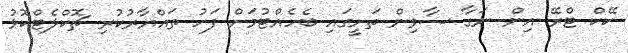
ކޭކް ޓްރޭ އިން ނަގާ ސާވިން ތަށީގައި ބެހެއްޓުމަށް ފަހު ތައްޔާރުކުރި ޗޮކްލެޓްކޮޅު